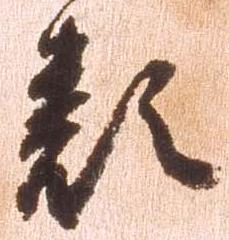
類